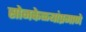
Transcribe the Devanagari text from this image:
सोनकेळ्यांप्रमाणे